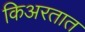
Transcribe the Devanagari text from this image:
किअरतात